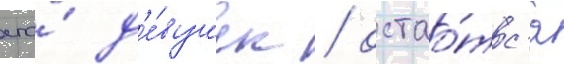
его́ д'е́вушек / остао́тс'я